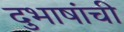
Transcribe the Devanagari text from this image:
दुभाषांची